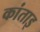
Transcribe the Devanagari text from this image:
कांताइ